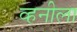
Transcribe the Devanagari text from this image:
व्हनीला